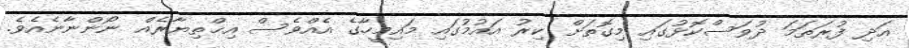
އަދި ފުރަތަމަ ދުވަސްކޮޅުގައި މިގޮތަށް ކިރު އައުމުގައި މައިމީހާގެ އެއްވެސް އިޚްތިޔާރެއް ނޯންނާނެއެވެ.